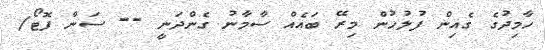
ހާމިދުގެ ގެއިން ފުލުހުން މިރޭ ބައެއް ސާމާނު ގެންދަނީ -- ސަން ފޮޓޯ/